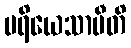
ပရိယေသာမီတိ